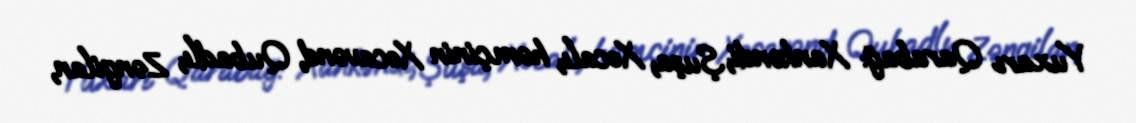
Yuxarı Qarabağ: Xankəndi, Şuşa, Xocalı, həmçinin Xocavənd, Qubadlı, Zəngilan,